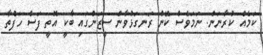
ކަމެއް ކުރާނަން. ނަމަވެސް ކޭން ރަނގަޅުވާން ސީޒަންގައި ބާކީ އޮތީ ފަސް ހަފްތާ